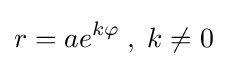
r=ae^{k\varphi }\;,\;k\neq 0